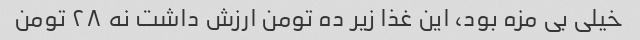
خیلی بی مزه بود، این غذا زیر ده تومن ارزش داشت نه ۲۸ تومن